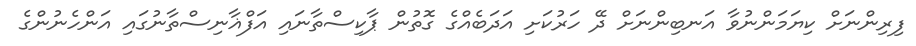
ފިރިންނަށް ކިޔަމަންނުވާ އަނބިންނަށް ދޭ ހަރުކަށި އަދަބެއްގެ ގޮތުން ޕާކިސްތާނައި އަފްޣާނިސްތާނުގައި އަންހެނުންގެ